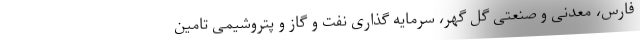
فارس، معدنی و صنعتی گل گهر، سرمایه گذاری نفت و گاز و پتروشیمی تامین